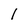
Character: 1